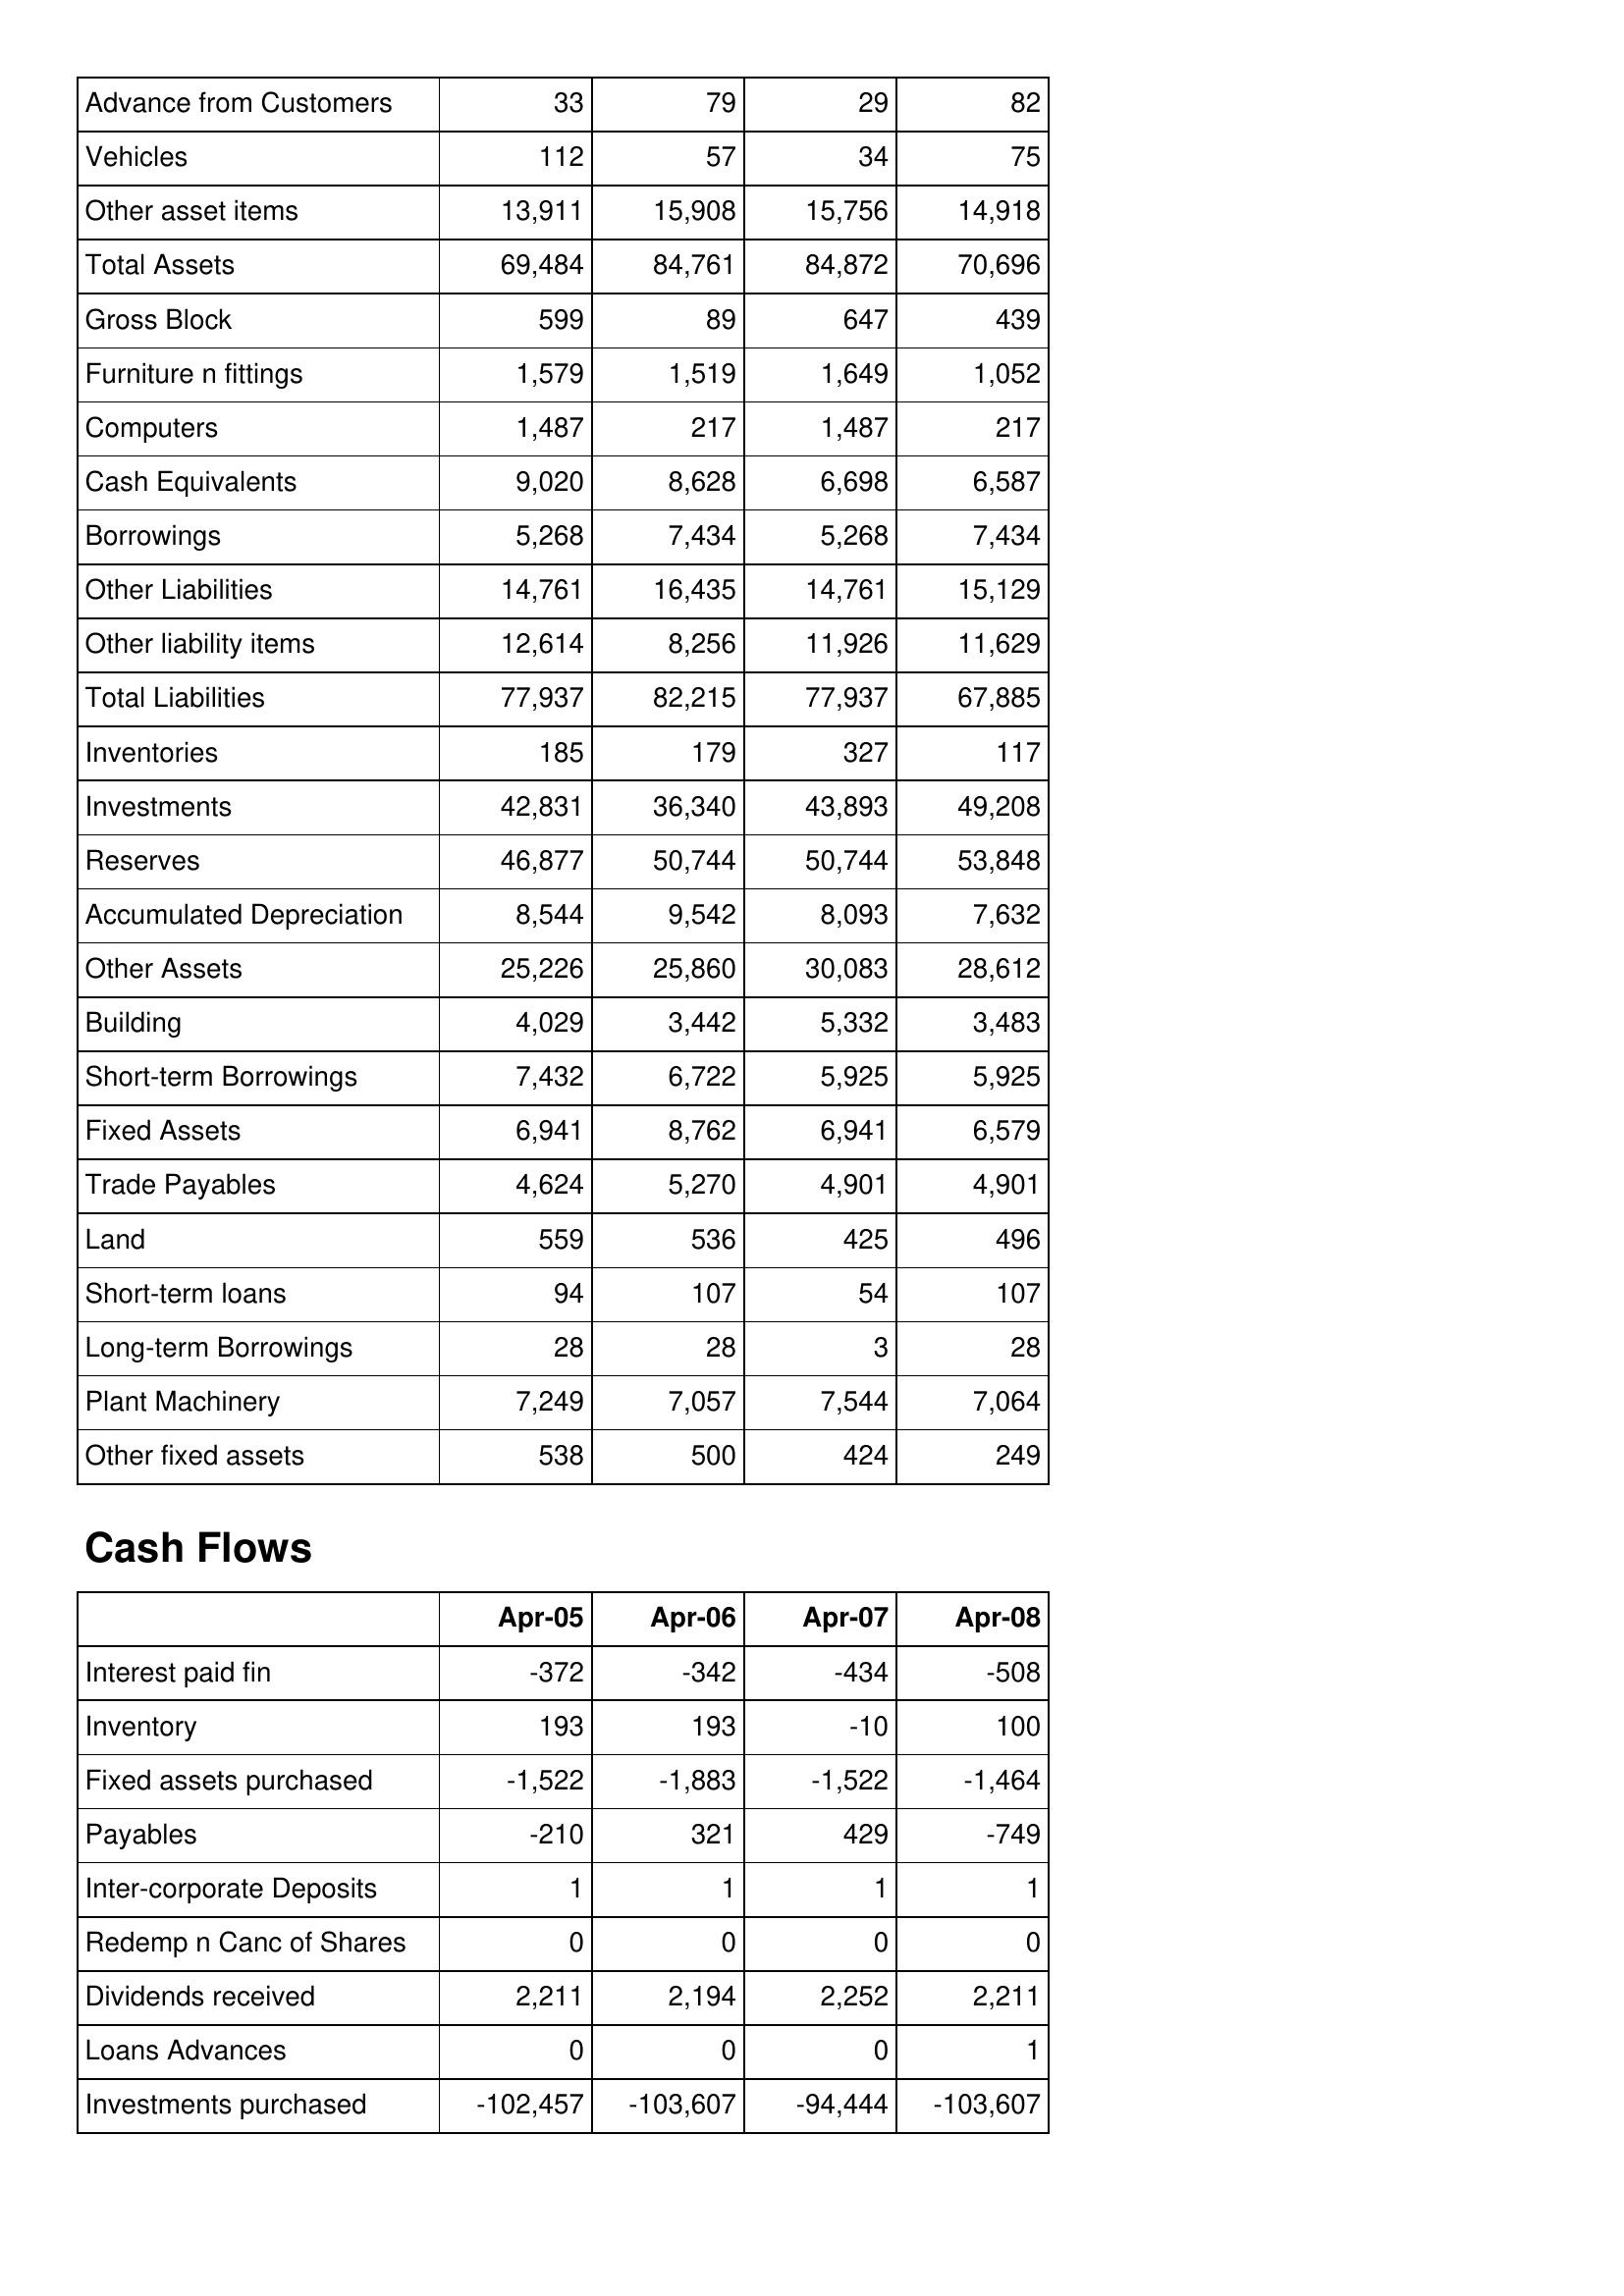
Apr-05: Balance Sheet: Advance from Customers: 33
Vehicles: 112
Other asset items: 13,911
Total Assets: 69,484
Gross Block: 599
Furniture n fittings: 1,579
Computers: 1,487
Cash Equivalents: 9,020
Borrowings: 5,268
Other Liabilities: 14,761
Other liability items: 12,614
Total Liabilities: 77,937
Inventories: 185
Investments: 42,831
Reserves: 46,877
Accumulated Depreciation: 8,544
Other Assets: 25,226
Building: 4,029
Short-term Borrowings: 7,432
Fixed Assets: 6,941
Trade Payables: 4,624
Land: 559
Short-term loans: 94
Long-term Borrowings: 28
Plant Machinery: 7,249
Other fixed assets: 538
Cash Flows: Interest paid fin: -372
Inventory: 193
Fixed assets purchased: -1,522
Payables: -210
Inter-corporate Deposits: 1
Redemp n Canc of Shares: 0
Dividends received: 2,211
Loans Advances: 0
Investments purchased: -102,457
Apr-06: Balance Sheet: Advance from Customers: 79
Vehicles: 57
Other asset items: 15,908
Total Assets: 84,761
Gross Block: 89
Furniture n fittings: 1,519
Computers: 217
Cash Equivalents: 8,628
Borrowings: 7,434
Other Liabilities: 16,435
Other liability items: 8,256
Total Liabilities: 82,215
Inventories: 179
Investments: 36,340
Reserves: 50,744
Accumulated Depreciation: 9,542
Other Assets: 25,860
Building: 3,442
Short-term Borrowings: 6,722
Fixed Assets: 8,762
Trade Payables: 5,270
Land: 536
Short-term loans: 107
Long-term Borrowings: 28
Plant Machinery: 7,057
Other fixed assets: 500
Cash Flows: Interest paid fin: -342
Inventory: 193
Fixed assets purchased: -1,883
Payables: 321
Inter-corporate Deposits: 1
Redemp n Canc of Shares: 0
Dividends received: 2,194
Loans Advances: 0
Investments purchased: -103,607
Apr-07: Balance Sheet: Advance from Customers: 29
Vehicles: 34
Other asset items: 15,756
Total Assets: 84,872
Gross Block: 647
Furniture n fittings: 1,649
Computers: 1,487
Cash Equivalents: 6,698
Borrowings: 5,268
Other Liabilities: 14,761
Other liability items: 11,926
Total Liabilities: 77,937
Inventories: 327
Investments: 43,893
Reserves: 50,744
Accumulated Depreciation: 8,093
Other Assets: 30,083
Building: 5,332
Short-term Borrowings: 5,925
Fixed Assets: 6,941
Trade Payables: 4,901
Land: 425
Short-term loans: 54
Long-term Borrowings: 3
Plant Machinery: 7,544
Other fixed assets: 424
Cash Flows: Interest paid fin: -434
Inventory: -10
Fixed assets purchased: -1,522
Payables: 429
Inter-corporate Deposits: 1
Redemp n Canc of Shares: 0
Dividends received: 2,252
Loans Advances: 0
Investments purchased: -94,444
Apr-08: Balance Sheet: Advance from Customers: 82
Vehicles: 75
Other asset items: 14,918
Total Assets: 70,696
Gross Block: 439
Furniture n fittings: 1,052
Computers: 217
Cash Equivalents: 6,587
Borrowings: 7,434
Other Liabilities: 15,129
Other liability items: 11,629
Total Liabilities: 67,885
Inventories: 117
Investments: 49,208
Reserves: 53,848
Accumulated Depreciation: 7,632
Other Assets: 28,612
Building: 3,483
Short-term Borrowings: 5,925
Fixed Assets: 6,579
Trade Payables: 4,901
Land: 496
Short-term loans: 107
Long-term Borrowings: 28
Plant Machinery: 7,064
Other fixed assets: 249
Cash Flows: Interest paid fin: -508
Inventory: 100
Fixed assets purchased: -1,464
Payables: -749
Inter-corporate Deposits: 1
Redemp n Canc of Shares: 0
Dividends received: 2,211
Loans Advances: 1
Investments purchased: -103,607